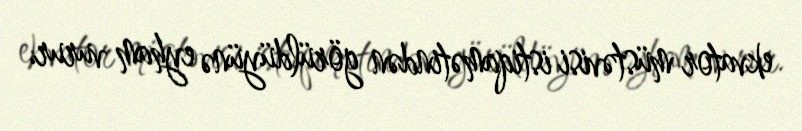
ekvator müstəvisi istiqamətindən görüldüyünə eyham vurur.